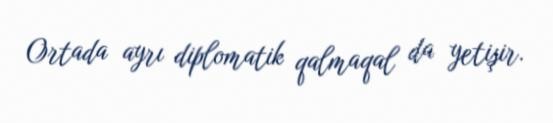
Ortada ayrı diplomatik qalmaqal da yetişir.